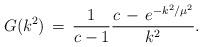
LaTeX: \begin{align*}G(k^2)\,=\,\frac{1}{c-1}\frac{c\,-\,e^{-k^{2}/\mu^2}}{k^2}.\end{align*}